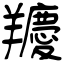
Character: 羻